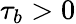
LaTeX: \tau_{b}>0